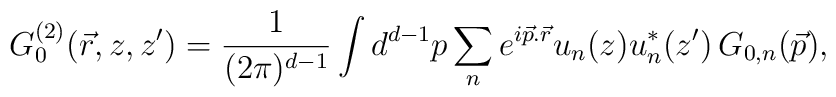
G_{0}^{(2)}(\vec{r},z,z')=\frac{1}{(2\pi)^{d-1}}\int d^{d-1}p\sum_{n}e^{i\vec{p}.\vec{r}}u_{n}(z)u_{n}^{*}(z')\,G_{0,n}(\vec{p}),